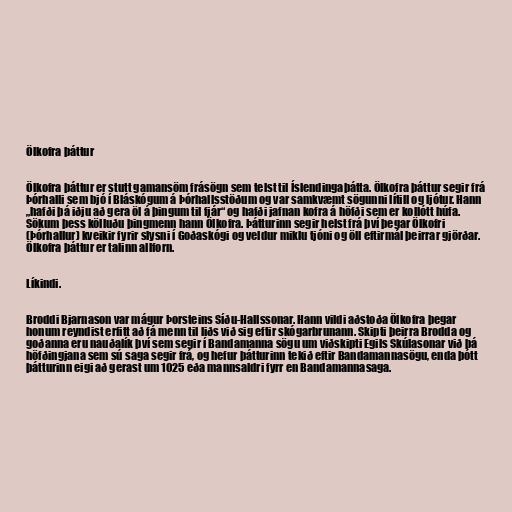
Ölkofra þáttur

Ölkofra þáttur er stutt gamansöm frásögn sem telst til Íslendingaþátta. Ölkofra þáttur segir frá
Þórhalli sem bjó í Bláskógum á Þórhallsstöðum og var samkvæmt sögunni lítill og ljótur. Hann
„hafði þá iðju að gera öl á þingum til fjár“ og hafði jafnan kofra á höfði sem er kollótt húfa.
Sökum þess kölluðu þingmenn hann Ölkofra. Þátturinn segir helst frá því þegar Ölkofri
(Þórhallur) kveikir fyrir slysni í Goðaskógi og veldur miklu tjóni og öll eftirmál þeirrar gjörðar.
Ölkofra þáttur er talinn allforn.

Líkindi.

Broddi Bjarnason var mágur Þorsteins Síðu-Hallssonar. Hann vildi aðstoða Ölkofra þegar
honum reyndist erfitt að fá menn til liðs við sig eftir skógarbrunann. Skipti þeirra Brodda og
goðanna eru nauðalík því sem segir í Bandamanna sögu um viðskipti Egils Skúlasonar við þá
höfðingjana sem sú saga segir frá, og hefur þátturinn tekið eftir Bandamannasögu, enda þótt
þátturinn eigi að gerast um 1025 eða mannsaldri fyrr en Bandamannasaga.